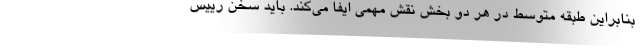
بنابراین طبقه متوسط در هر دو بخش نقش مهمی ایفا می‌کند. باید سخن رییس